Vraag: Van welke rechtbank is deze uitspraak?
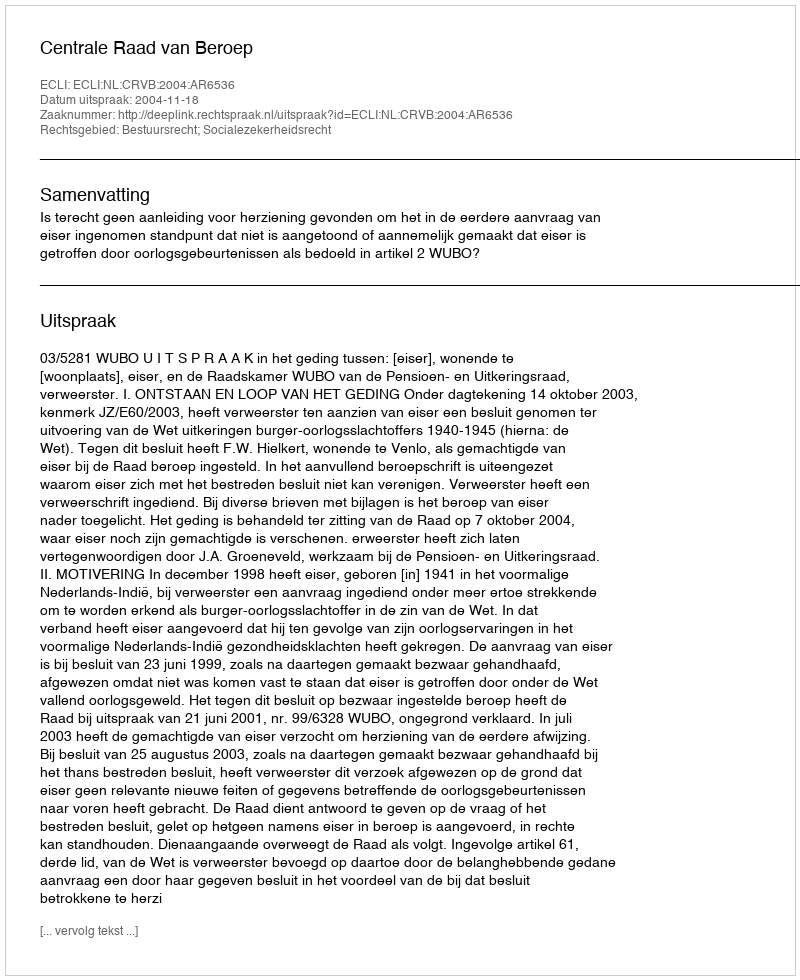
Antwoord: Centrale Raad van Beroep